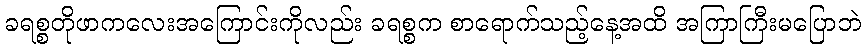
ခရစ္စတိုဖာကလေးအကြောင်းကိုလည်း ခရစ္စက စာရောက်သည့်နေ့အထိ အကြာကြီးမပြောဘဲ